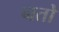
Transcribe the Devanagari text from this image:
नतो